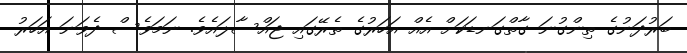
ބަރުދަނުގެ ތިންގުނަ ގާތްގަނޑަކަށް އެއް އަހަރުގެ ތެރޭގައި ޖައްސާލައެވެ. ނަމަވެސް ދެވަނަ އަހަރު